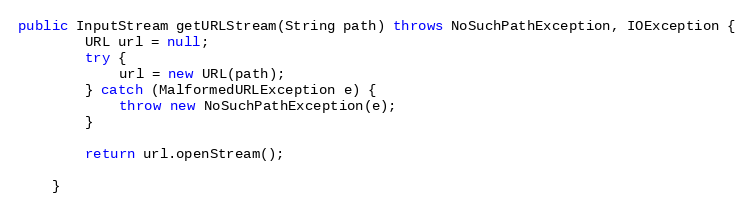
Language: Java
public InputStream getURLStream(String path) throws NoSuchPathException, IOException {
		URL url = null;
		try {
			url = new URL(path);
		} catch (MalformedURLException e) {
			throw new NoSuchPathException(e);
		}

		return url.openStream();

	}